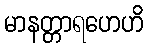
မာနတ္တာရဟေဟိ